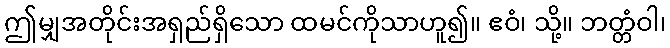
ဤမျှအတိုင်းအရှည်ရှိသော ထမင်ကိုသာဟူ၍။ ဧဝံ၊ သို့။ ဘတ္တံဝါ၊